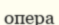
опера